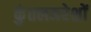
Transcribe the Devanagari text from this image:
कुंतलनरेशों